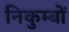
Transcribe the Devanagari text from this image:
निकुम्बों